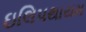
ઇલિપથાયમ